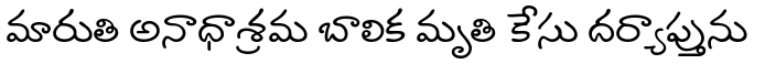
మారుతి అనాధాశ్రమ బాలిక మృతి కేసు దర్యాప్తును